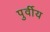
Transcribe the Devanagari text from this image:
पुर्वीय